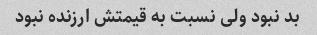
بد نبود ولی نسبت به قیمتش ارزنده نبود